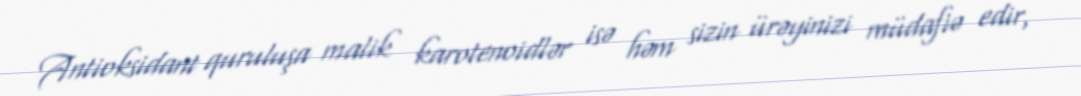
Antioksidant quruluşa malik karotenoidlər isə həm sizin ürəyinizi müdafiə edir,